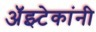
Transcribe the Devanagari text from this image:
अॅझ्टेकांनी